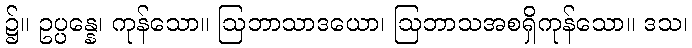
၌။ ဥပ္ပန္နေ၊ ကုန်သော။ ဩဘာသာဒယော၊ ဩဘာသအစရှိကုန်သော။ ဒသ၊